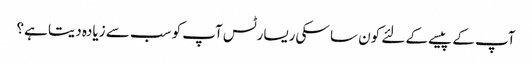
آپ کے پیسے کے لئے کون سا سکی ریسارٹس آپ کو سب سے زیادہ دیتا ہے؟